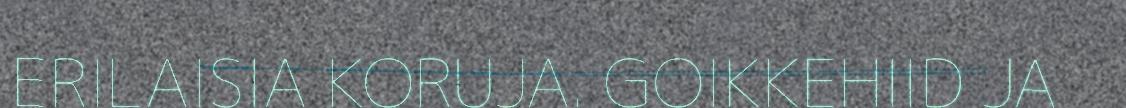
ERILAISIA KORUJA. GOIKKEHIID JA